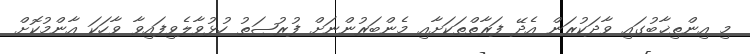
މި އިންތިޚާބުގައި ވާދަކުރަން އެދޭ ފަރާތްތަކަށާއި މެންބަރުންނަށް ފުރުޞަތު ހުޅުވާލެވިފައިވާ ވާހަކަ އާންމުކޮށް